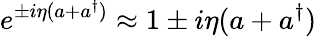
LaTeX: e^{\pm i\eta(a+a^{\dagger})}\approx 1\pm i\eta(a+a^{\dagger})